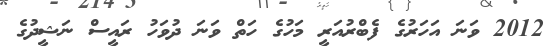
2012 ވަނަ އަހަރުގެ ފެބްރުއަރީ މަހުގެ ހަތް ވަނަ ދުވަހު ރައީސް ނަޝީދުގެ